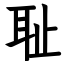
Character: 耻